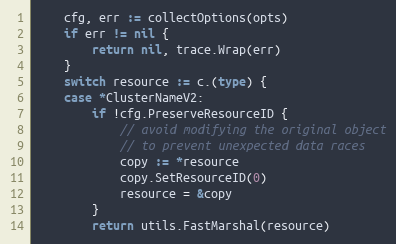
Language: Go
	cfg, err := collectOptions(opts)
	if err != nil {
		return nil, trace.Wrap(err)
	}
	switch resource := c.(type) {
	case *ClusterNameV2:
		if !cfg.PreserveResourceID {
			// avoid modifying the original object
			// to prevent unexpected data races
			copy := *resource
			copy.SetResourceID(0)
			resource = &copy
		}
		return utils.FastMarshal(resource)